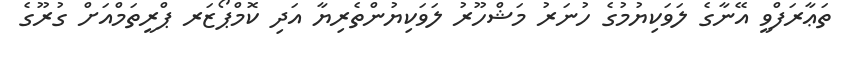
ތަޢާރަފްވީ އޭނާގެ ލަވަކިޔުމުގެ ހުނަރު މަޝްހޫރު ލަވަކިޔުންތެރިޔާ އަދި ކޮމްޕޯޒަރ ޕްރީތަމްއަށް ގުރޫގެ